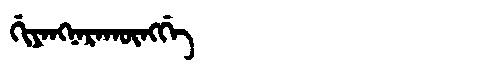
Manchu: ᡤᡳᠶᠠᠩᠨᠠᡵᠠᡴᡡᠩᡤᡝ
Romanization: GIYANGNARAKŪNGGE